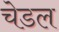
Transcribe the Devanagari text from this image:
चेडल